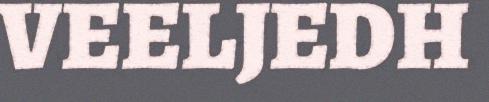
VEELJEDH